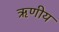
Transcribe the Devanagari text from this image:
ऋणीय